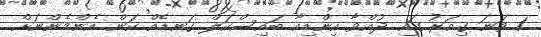
1 ވަނަ ގިއަރު ގައި ދުއްވާ އިންޑިއާ ބައިސްކަލް ގަނޑެއް ކަން އެންމެންނަށް